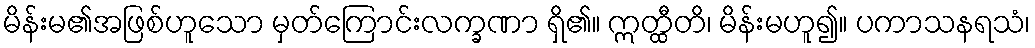
မိန်းမ၏အဖြစ်ဟူသော မှတ်ကြောင်းလက္ခဏာ ရှိ၏။ ဣတ္ထီတိ၊ မိန်းမဟူ၍။ ပကာသနရသံ၊